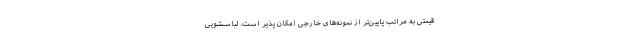
قیمتی به مراتب پایین‌تر از نمونه‌های خارجی امکان پذیر است. لباسشویی